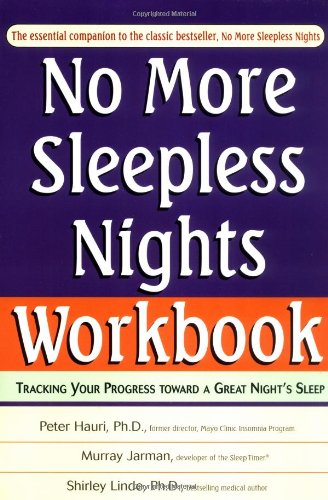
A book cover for No More Sleepless Nights Workbook; Peter Hauri; Self-Help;